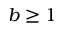
b \ge 1